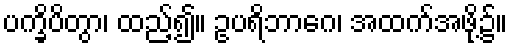
ပက္ခိပိတွာ၊ ထည့်၍။ ဥပရိဘာဂေ၊ အထက်အဖို့၌။